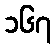
၁၆၇